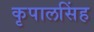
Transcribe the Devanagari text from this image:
कृपालसिंह